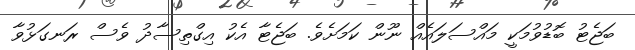
ބަޖެޓު ބޮޑުވުމަކީ މައްސަލައެއް ނޫން ކަމަށެވެ. ބަޖެޓާ އެކު އިގްތިސާދު ވެސް ރަނގަޅުވާ